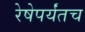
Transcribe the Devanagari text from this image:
रेषेपर्यंतच